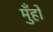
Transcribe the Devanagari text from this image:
मुँहों